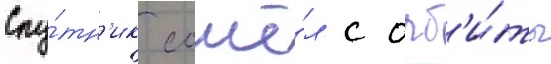
Спу́тн'ик сошё́л с орб'и́ты